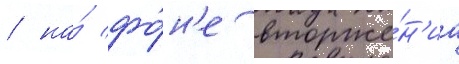
/ на́ фо́н'е вторже́н'иа